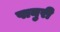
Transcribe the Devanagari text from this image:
पानुरी